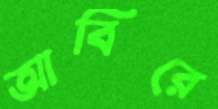
আবিরে